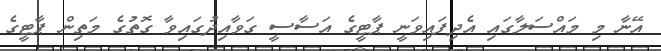
އޭނާ މި މައްސަލާގައި އެދިފައިވަނީ ޕާޓީގެ އަސާސީ ގަވާއިދުގައިވާ ގޮތުގެ މަތިން ޕާޓީގެ